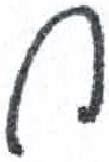
אות: ח